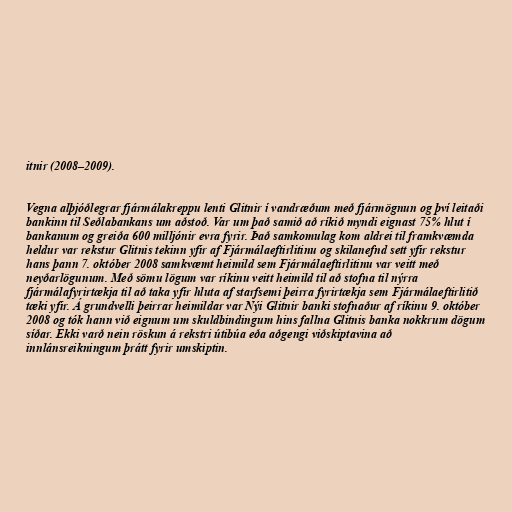
itnir (2008–2009).

Vegna alþjóðlegrar fjármálakreppu lenti Glitnir í vandræðum með fjármögnun og því leitaði
bankinn til Seðlabankans um aðstoð. Var um það samið að ríkið myndi eignast 75% hlut í
bankanum og greiða 600 milljónir evra fyrir. Það samkomulag kom aldrei til framkvæmda
heldur var rekstur Glitnis tekinn yfir af Fjármálaeftirlitinu og skilanefnd sett yfir rekstur
hans þann 7. október 2008 samkvæmt heimild sem Fjármálaeftirlitinu var veitt með
neyðarlögunum. Með sömu lögum var ríkinu veitt heimild til að stofna til nýrra
fjármálafyrirtækja til að taka yfir hluta af starfsemi þeirra fyrirtækja sem Fjármálaeftirlitið
tæki yfir. Á grundvelli þeirrar heimildar var Nýi Glitnir banki stofnaður af ríkinu 9. október
2008 og tók hann við eignum um skuldbindingum hins fallna Glitnis banka nokkrum dögum
síðar. Ekki varð nein röskun á rekstri útibúa eða aðgengi viðskiptavina að
innlánsreikningum þrátt fyrir umskiptin.